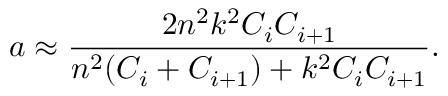
a \approx \frac { 2 n ^ { 2 } k ^ { 2 } C _ { i } C _ { i + 1 } } { n ^ { 2 } ( C _ { i } + C _ { i + 1 } ) + k ^ { 2 } C _ { i } C _ { i + 1 } } .